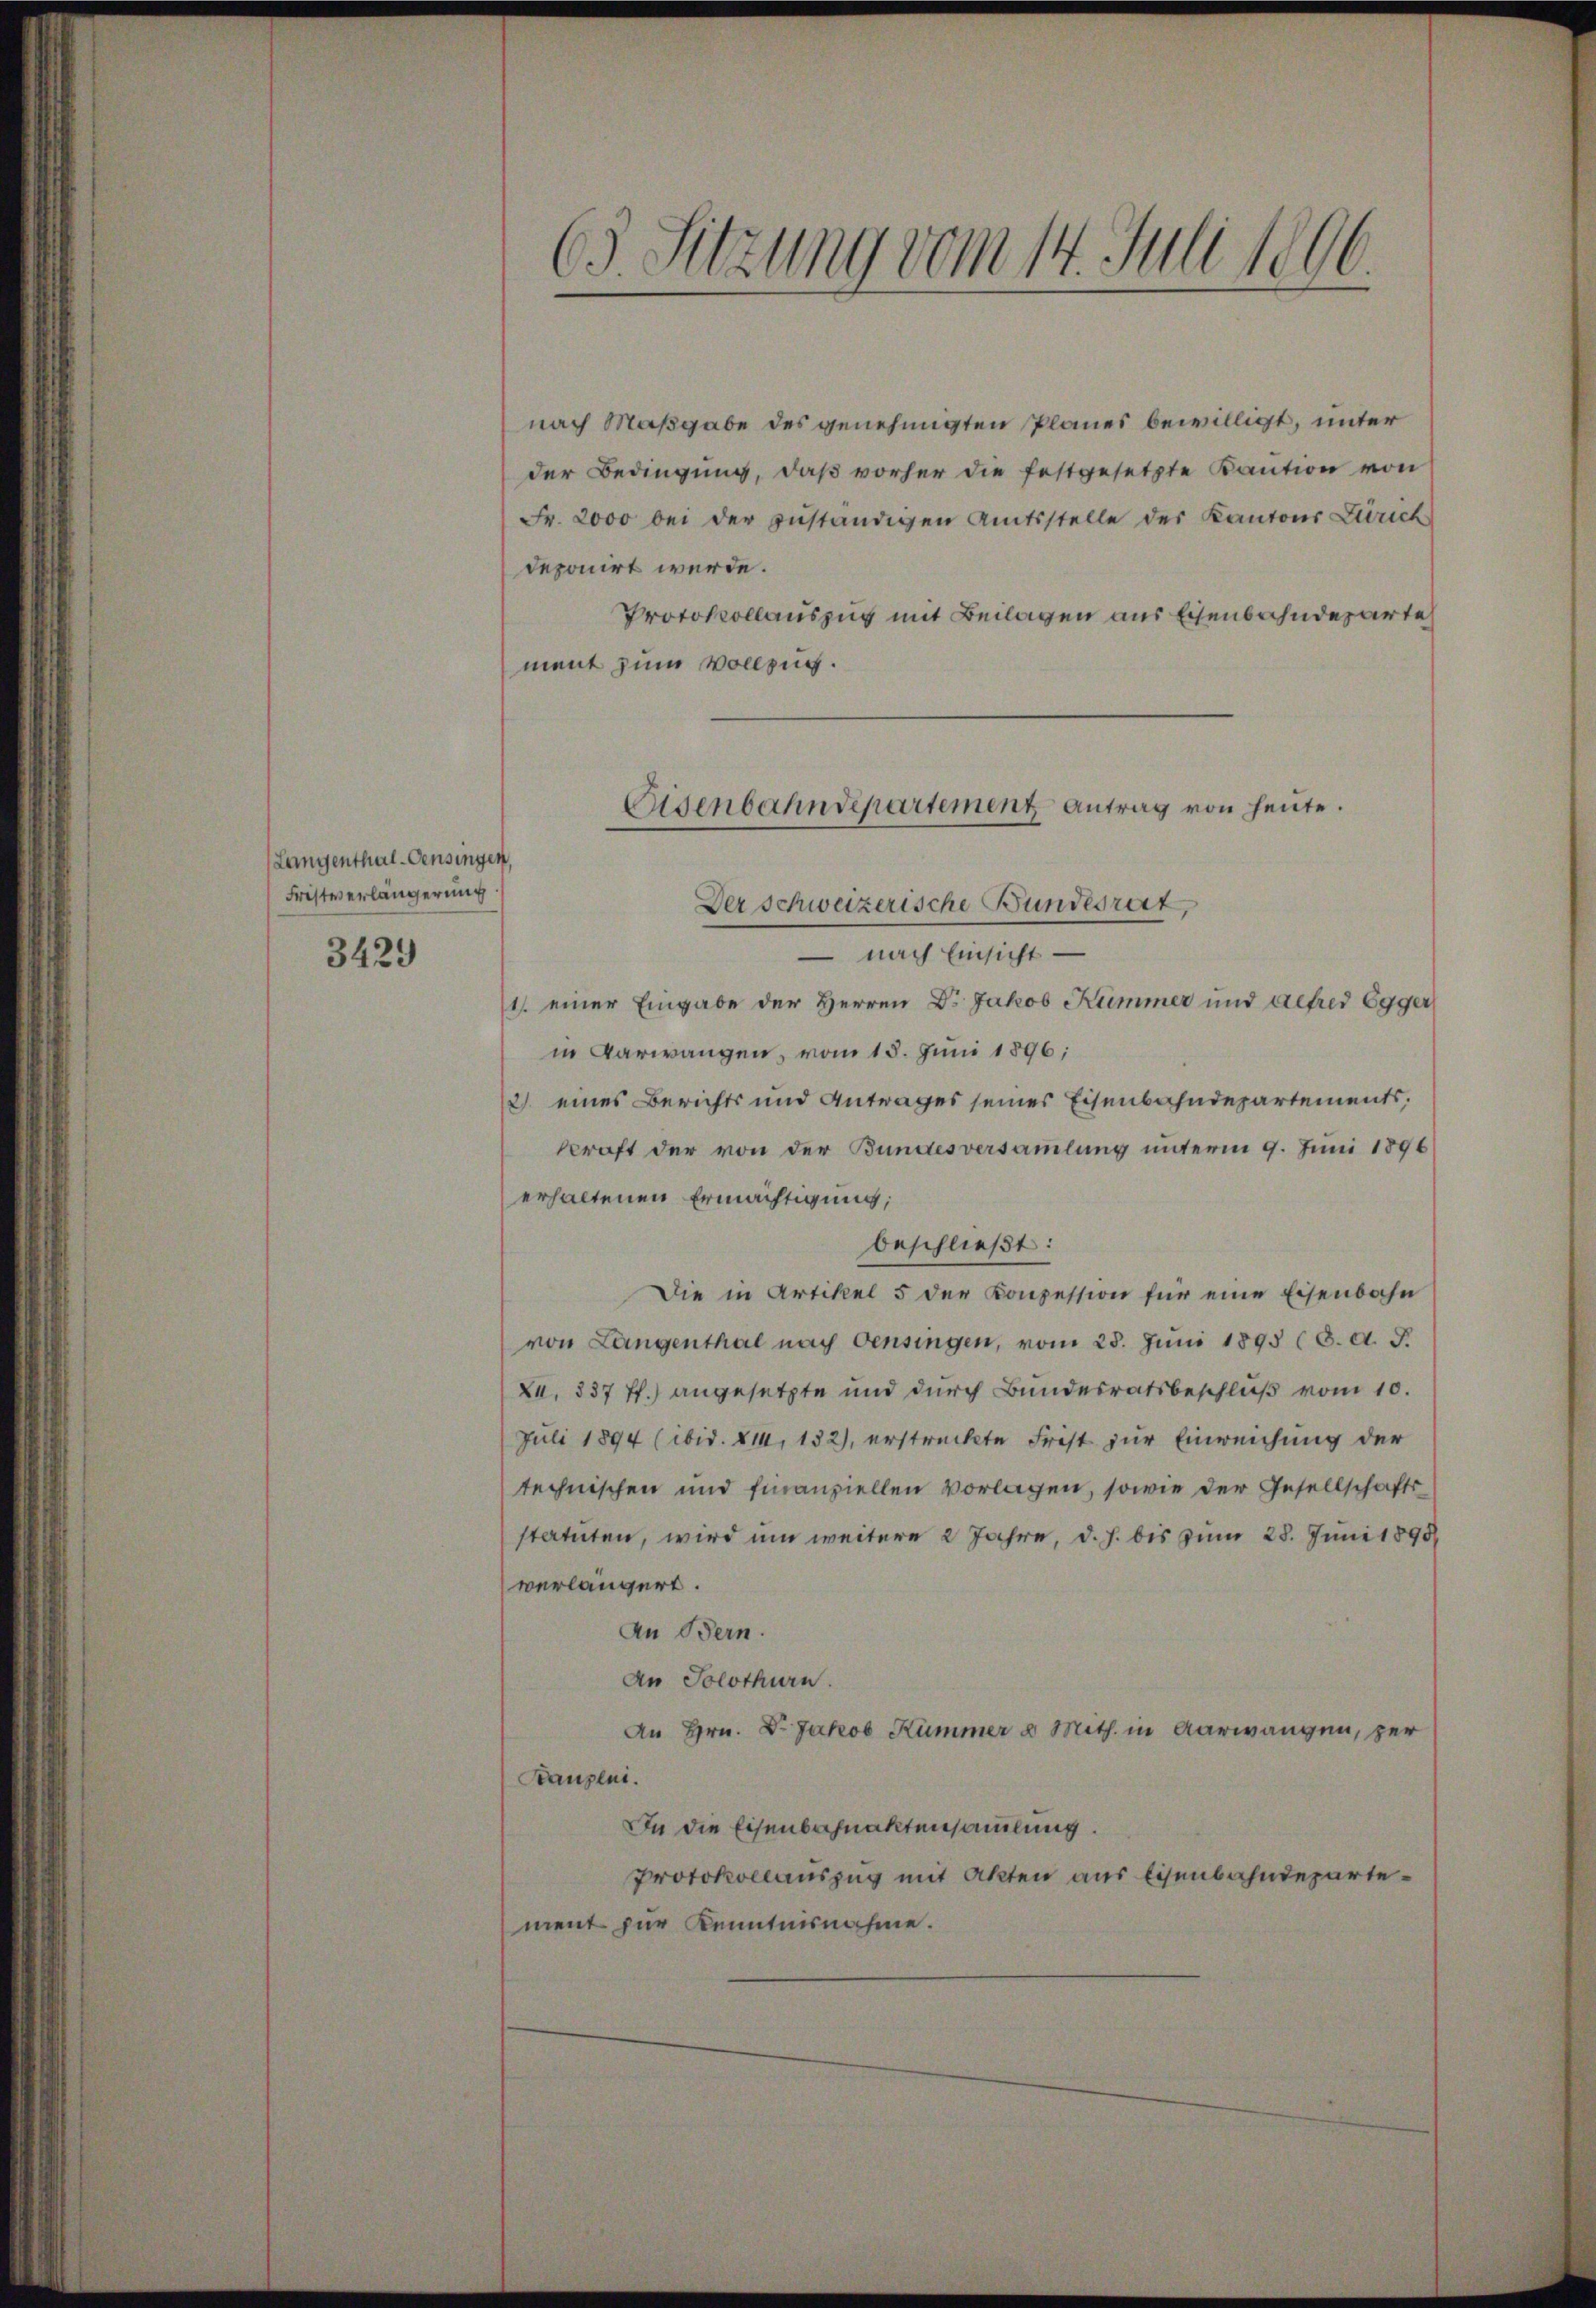
Langenthal-Pensingen,
Fristverlängerung
3429

nach Maßgabe des genehmigten Planes bewilligt, unter
der Bedingung, daß vorher die festgesetzte Kaution von
Fr. 2000 bei der zuständigen Amtsstelle der Kantons Zürich
deponirt werde.
Protokollauszug mit Beilagen aus Eisenbahndeparte
ment zum Vollzug.
Der schweizerische Bundesrat
 nach Einsicht
1 einer Eingabe der Herren Dr. Jakob Kümmer und gefred Egger
in Verwangen, vom 13. Juni 1896;
2) eines Berichts und Antrages seines Eisenbahndepartements,
kraft der von der Bundesversammlung unterm 9. Juni 1896
erhaltenen Ermächtigung;
beschließt:
Die in Artikel 5 der Konzession für eine Eisenbahn
von Langenthal nach Oensingen, vom 28. Juni 1893 (6. d. J.
X. 837 ff.) angesetzte und durch Bundesratsbeschluß vom 10.
Juli 1894 (ibid. XII, 132), erstreckte Frist zur Einreichung der
technischen und finanziellen vorlagen, sowie der Gesellschafts
statuten, wird um weitere 2 Jahre, d. h. bis zum 28. Juni 1890
verlängert.
An Bern.
An Solothurn.
An Hrn. Dr. Jakob Kümmer u Mith. in Aarwangen, zur
Bauzeni.
In die Eisenbahnaktensammlung.
Protokollauszug mit Akten aus Eisenbahndepartement zur Kenntnisnahme.

.
65. Sitzung vom 14. Juli 1806.

Eisenbahndepartement Antrag von heute.